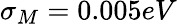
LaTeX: \sigma_{M}=0.005eV